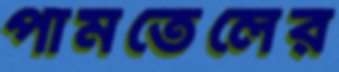
পামতেলের